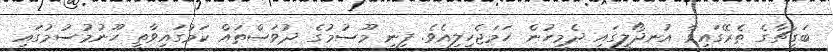
ބަގީޗާގެ ތެރޭގައިވާ އުނދޯލީގައި ދެމީހުން ހަމަޖެހިލިއެވެ. ފިނި މޫސުމުގެ ދުވަސްތައް ކަމުގައިވާތީ ހޫނުމުސުމުގައި